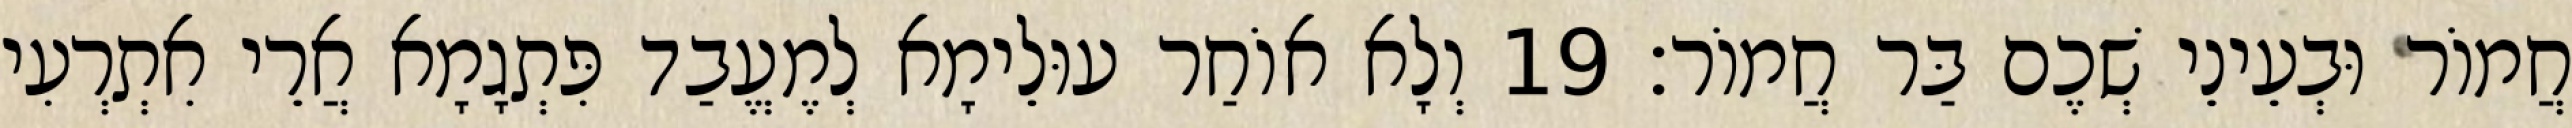
חֲמוֹר וּבְעֵינֵי שְׁכֶם בַּר חֲמוֹר׃ 19 וְלָא אוֹחַר עוּלֵימָא לְמֶעֱבַד פִּתְגָמָא אֲרֵי אִתְרְעִי